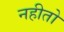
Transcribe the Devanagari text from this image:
नहीतो